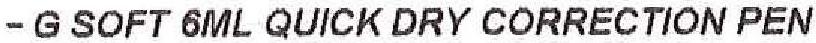
- G SOFT 6ML QUICK DRY CORRECTION PEN